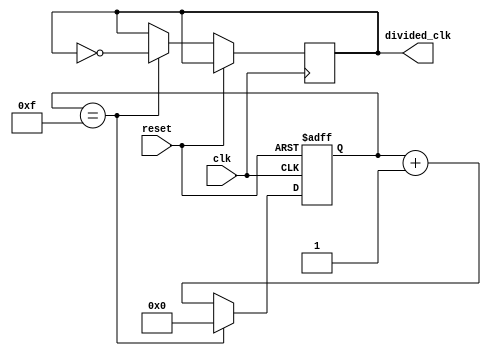
module ripple_counter_clock_divider (
    input wire clk,
    input wire reset,
    output reg divided_clk
);

reg [3:0] count;

always @(posedge clk or posedge reset) begin
    if (reset) begin
        count <= 4'b0000;
    end else begin
        if (count == 4'b1111) begin
            count <= 4'b0000;
            divided_clk <= ~divided_clk;
        end else begin
            count <= count + 1;
        end
    end
end

endmodule